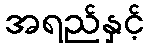
အရည်နှင့်